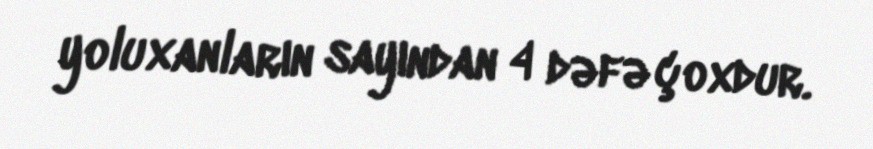
yoluxanların sayından 4 dəfə çoxdur.